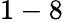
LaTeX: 1-8